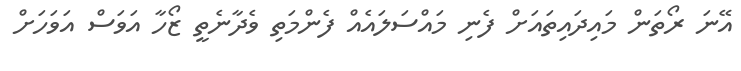
އޭނަ ރޯތަން މައިދައިތައަށް ފެނި މައްސަލައެއް ފެންމަތި ވެދާނެތީ ޒޯހާ އަވަސް އަވަހަށް